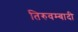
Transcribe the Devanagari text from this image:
तिरुवम्बादी